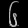
Digit: ၆